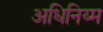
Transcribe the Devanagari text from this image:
अधिनिय्म